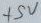
Text: +5V